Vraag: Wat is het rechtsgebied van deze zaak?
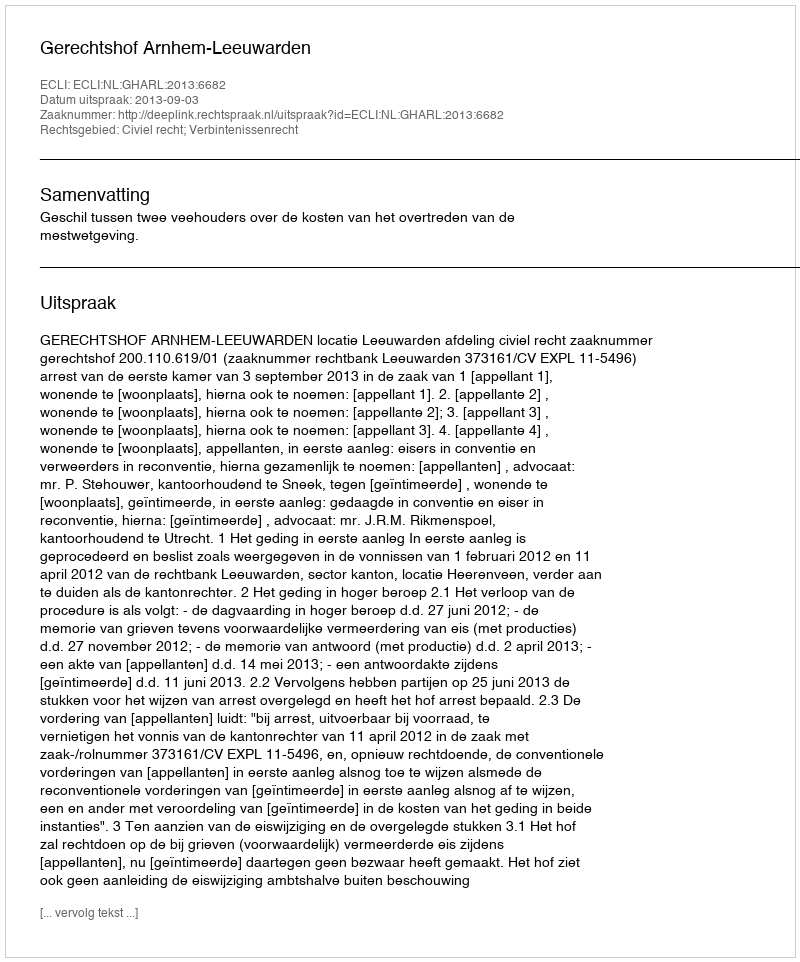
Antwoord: Civiel recht; Verbintenissenrecht